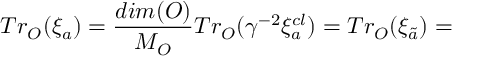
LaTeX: T r _ { O } ( \xi _ { a } ) = \frac { d i m ( O ) } { M _ { O } } T r _ { O } ( \gamma ^ { - 2 } \xi _ { a } ^ { c l } ) = T r _ { O } ( \xi _ { \tilde { a } } ) =